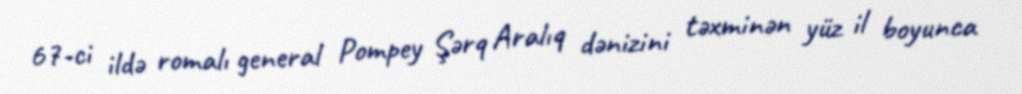
67-ci ildə romalı general Pompey Şərq Aralıq dənizini təxminən yüz il boyunca